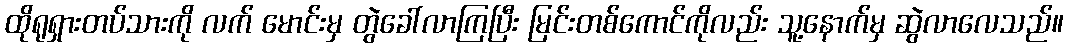
ထိုရုရှားတပ်သားကို လက် မောင်းမှ တွဲခေါ်လာကြပြီး မြင်းတစ်ကောင်ကိုလည်း သူ့နောက်မှ ဆွဲလာလေသည်။